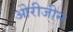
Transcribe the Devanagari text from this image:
ओरीजीन